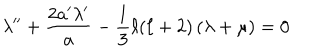
\lambda ^ { \prime \prime } + \frac { 2 a ^ { \prime } \lambda ^ { \prime } } { a } - \frac { 1 } { 3 } \ell ( \ell + 2 ) \left( \lambda + \mu \right) = 0